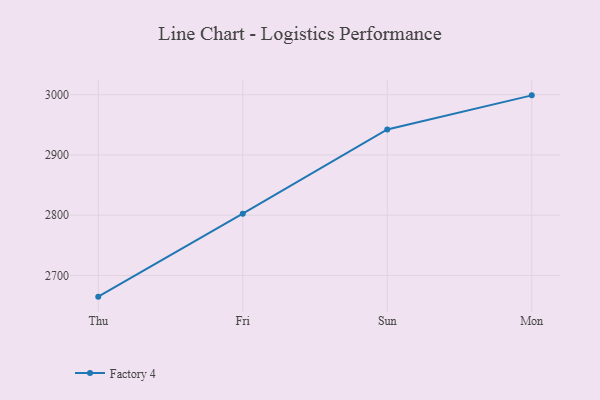
{"axis": {"x": "Day", "y": "Demand Index"}, "legend": ["Factory 4"], "data": [{"x": "Thu", "y": 2664.8, "type": "Factory 4"}, {"x": "Fri", "y": 2802.5, "type": "Factory 4"}, {"x": "Sun", "y": 2942.3, "type": "Factory 4"}, {"x": "Mon", "y": 2998.9, "type": "Factory 4"}]}